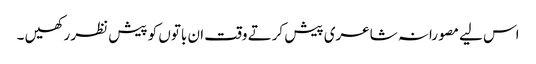
اس لیے مصورانہ شاعری پیش کرتے وقت ان باتوں کو پیش نظر رکھیں ۔